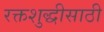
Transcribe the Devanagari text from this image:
रक्तशुद्धीसाठी